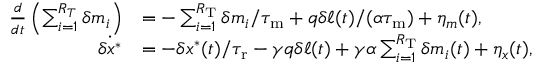
\begin{array} { r l } { \frac { d } { d t } \left( \sum _ { i = 1 } ^ { R _ { T } } \delta m _ { i } \right) } & { = - \sum _ { i = 1 } ^ { R _ { \mathrm { T } } } \delta m _ { i } / { \tau _ { \mathrm { m } } } + q \delta \ell ( t ) / ( \alpha { \tau _ { \mathrm { m } } } ) + \eta _ { m } ( t ) , } \\ { \dot { \delta x ^ { \ast } } } & { = - \delta x ^ { \ast } ( t ) / { \tau _ { \mathrm { r } } } - \gamma q \delta \ell ( t ) + \gamma \alpha \sum _ { i = 1 } ^ { R _ { \mathrm { T } } } \delta m _ { i } ( t ) + \eta _ { x } ( t ) , } \end{array}